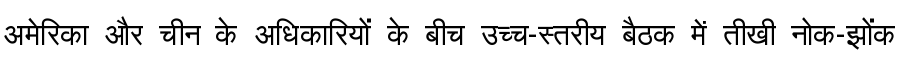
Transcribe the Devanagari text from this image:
अमेरिका और चीन के अधिकारियों के बीच उच्च-स्तरीय बैठक में तीखी नोक-झोंक